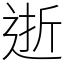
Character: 逝